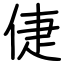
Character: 倢